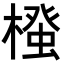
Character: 𭫷